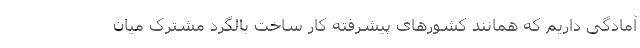
آمادگی داریم که همانند کشورهای پیشرفته کار ساخت بالگرد مشترک میان